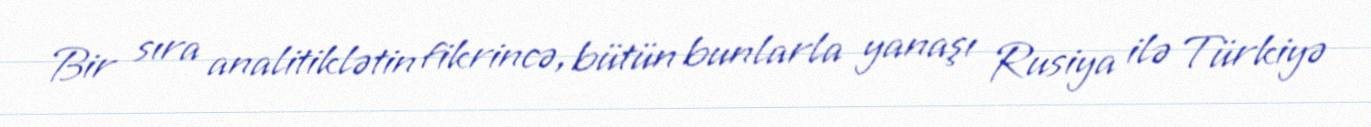
Bir sıra analitiklətin fikrincə, bütün bunlarla yanaşı Rusiya ilə Türkiyə